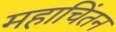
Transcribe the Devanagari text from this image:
महाचिंतन